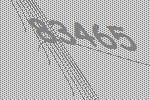
83465